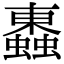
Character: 𧓕